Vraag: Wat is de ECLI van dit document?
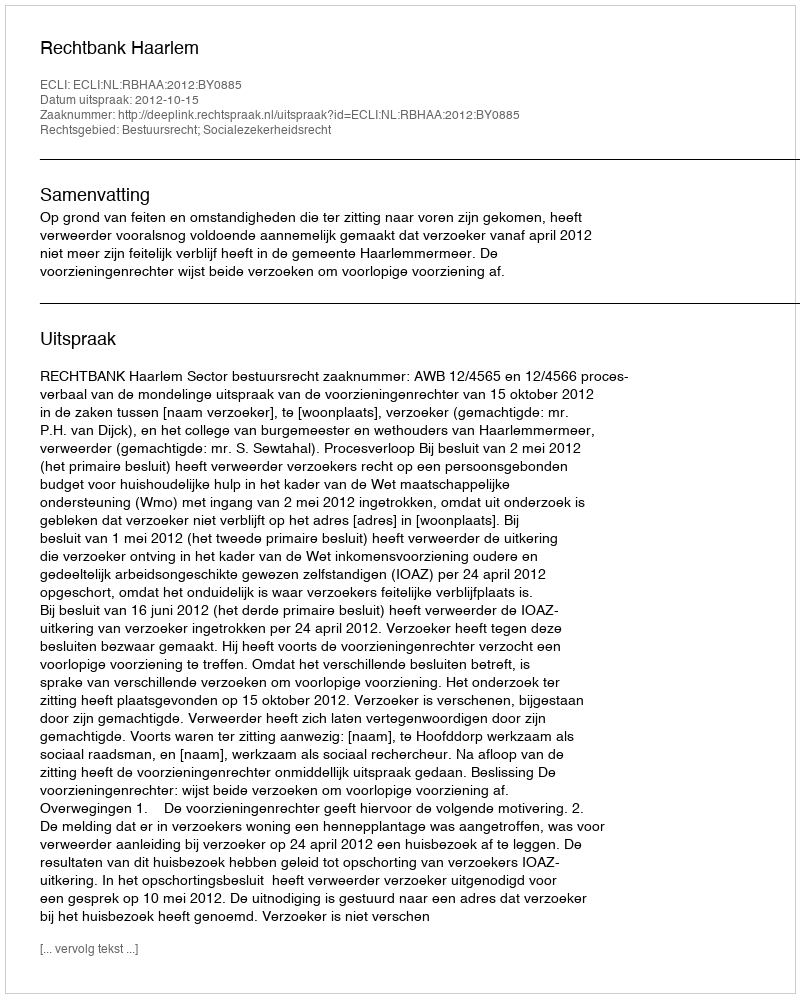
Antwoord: ECLI:NL:RBHAA:2012:BY0885